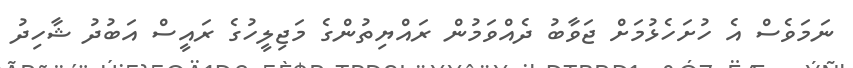
ނަމަވެސް އެ ހުށަހެޅުމަށް ޖަވާބު ދެއްވަމުން ރައްޔިތުންގެ މަޖިލީހުގެ ރައީސް އަބުދު ޝާހިދު